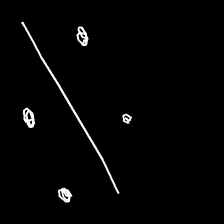
Glyph: cool